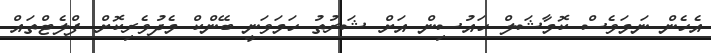
އެހެން ނަމަވެސް ކޮމާޝަލް ހައުސިން އަށް ޝަރުތު ހަމަވަނީ ބޭންކް މެދުވެރިކޮށް ފްލެޓްތައް